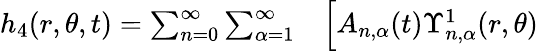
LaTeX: \begin{array}{rl}{h_{4}(r,\theta,t)=\sum_{n=0}^{\infty}\sum_{\alpha=1}^{\infty}}&{{}\Big[A_{n,\alpha}(t)\Upsilon_{n,\alpha}^{1}(r,\theta)}\end{array}